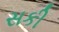
સકી